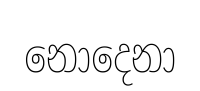
නොදෙනා